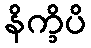
နိက္ခိပိ